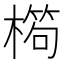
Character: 𣙱